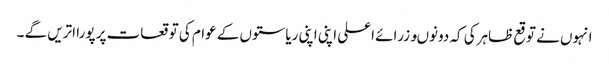
انہوں نے توقع ظاہرکی کہ دونوںوزرائے اعلی اپنی اپنی ریاستوں کے عوام کی توقعات پر پورا اتریں گے ۔